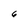
Character: 6